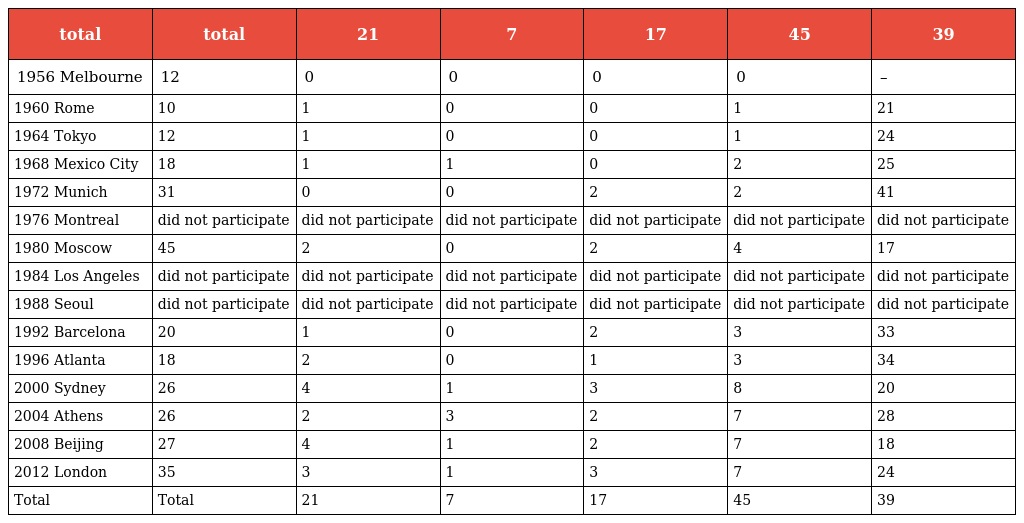
| total | total | 21 | 7 | 17 | 45 | 39 |
 | --- | --- | --- | --- | --- | --- | --- |
 | 1956 Melbourne | 12 | 0 | 0 | 0 | 0 | – |
 | 1960 Rome | 10 | 1 | 0 | 0 | 1 | 21 |
 | 1964 Tokyo | 12 | 1 | 0 | 0 | 1 | 24 |
 | 1968 Mexico City | 18 | 1 | 1 | 0 | 2 | 25 |
 | 1972 Munich | 31 | 0 | 0 | 2 | 2 | 41 |
 | 1976 Montreal | did not participate | did not participate | did not participate | did not participate | did not participate | did not participate |
 | 1980 Moscow | 45 | 2 | 0 | 2 | 4 | 17 |
 | 1984 Los Angeles | did not participate | did not participate | did not participate | did not participate | did not participate | did not participate |
 | 1988 Seoul | did not participate | did not participate | did not participate | did not participate | did not participate | did not participate |
 | 1992 Barcelona | 20 | 1 | 0 | 2 | 3 | 33 |
 | 1996 Atlanta | 18 | 2 | 0 | 1 | 3 | 34 |
 | 2000 Sydney | 26 | 4 | 1 | 3 | 8 | 20 |
 | 2004 Athens | 26 | 2 | 3 | 2 | 7 | 28 |
 | 2008 Beijing | 27 | 4 | 1 | 2 | 7 | 18 |
 | 2012 London | 35 | 3 | 1 | 3 | 7 | 24 |
 | Total | Total | 21 | 7 | 17 | 45 | 39 |